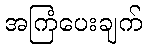
အကြံပေးချက်